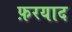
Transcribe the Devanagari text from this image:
फ़रयाद